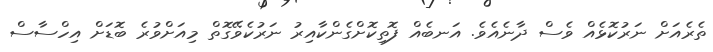
ތެރެއަށް ނަރުކޮޅެއް ވެސް ދާނެއެވެ. އަނބެއް ފޮތިކޮށްގެންކާއިރު ނަރުކެވޭގޮތް މިއަށްވުރެ ބޮޑަށް އިހްސާސް